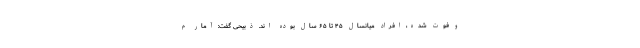
و فوت شده، افراد میانسال ۴۵ تا ۶۵ سال بوده اند. ذبیحی گفت: آمار م